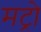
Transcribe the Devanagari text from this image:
मट्रो